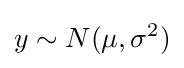
y\sim N(\mu ,\sigma ^{2})